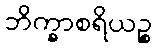
ဘိက္ခာစရိယဉ္စ